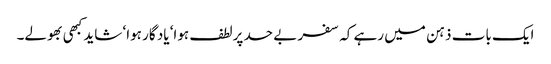
ایک بات ذہن میں رہے کہ سفر بے حد پرلطف ہوا‘ یاد گار ہوا‘ شاید کبھی بھولے۔